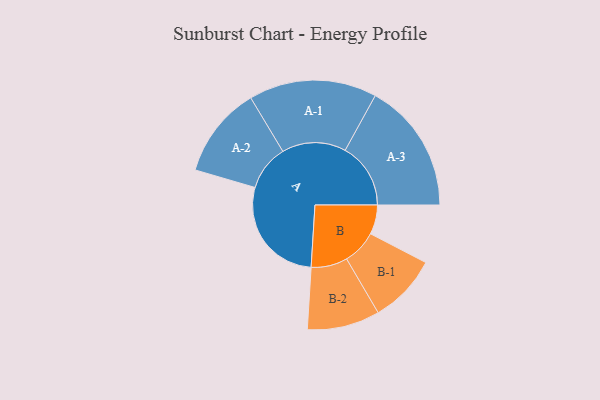
{"axis": {"x": "Segment", "y": "Value"}, "legend": ["", "A", "B"], "data": [{"x": "A", "y": 457, "type": ""}, {"x": "B", "y": 122, "type": ""}, {"x": "A-1", "y": 266, "type": "A"}, {"x": "A-2", "y": 190, "type": "A"}, {"x": "A-3", "y": 272, "type": "A"}, {"x": "B-1", "y": 143, "type": "B"}, {"x": "B-2", "y": 151, "type": "B"}]}